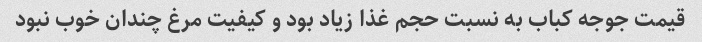
قیمت جوجه کباب به نسبت حجم غذا زیاد بود و کیفیت مرغ چندان خوب نبود